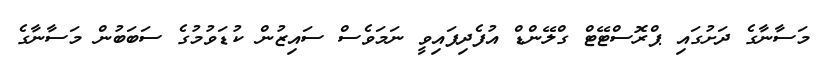
މަސާނާގެ ދަށުގައި ޕްރޮސްޓޭޓް ގްލޭންޑް އުފެދިފައިވީ ނަމަވެސް ސައިޒުން ކުޑަވުމުގެ ސަބަބުން މަސާނާގެ